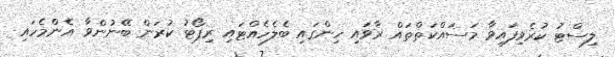
ލިސްޓު ކުރެވިފައިވާ މަސައްކަތްތައް ރާވައި ހިންގައި ބެލެހެއްޓައި ރިޕޯޓު ކުރަން ބޭނުންވާ އެންމެހައި